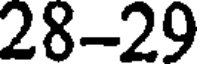
28-29